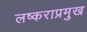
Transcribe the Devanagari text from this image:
लष्कराप्रमुख